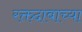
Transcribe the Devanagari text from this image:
रक्तदाबाच्या